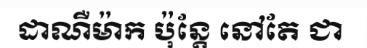
ដាណឺម៉ាក ប៉ុន្តែ នៅតែ ជា